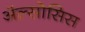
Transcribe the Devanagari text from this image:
ॲल्सोसिस